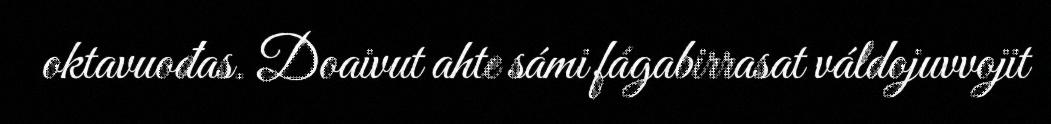
oktavuođas. Doaivut ahte sámi fágabirrasat váldojuvvojit